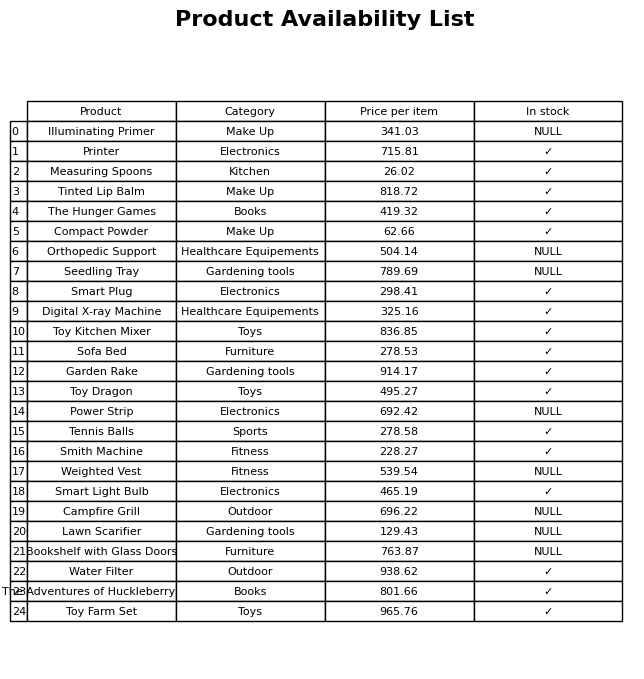
question: Which products are available in stock?
answer: Printer, Measuring Spoons, Tinted Lip Balm, The Hunger Games, Compact Powder, Smart Plug, Digital X-ray Machine, Toy Kitchen Mixer, Sofa Bed, Garden Rake, Toy Dragon, Tennis Balls, Smith Machine, Smart Light Bulb, Water Filter, The Adventures of Huckleberry Finn, Toy Farm Set